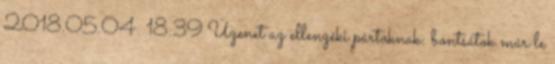
2018.05.04. 18:39 Üzenet az ellenzéki pártoknak: bontsátok már le